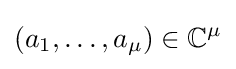
(a_{1},\dots ,a_{\mu })\in \mathbb {C} ^{\mu }